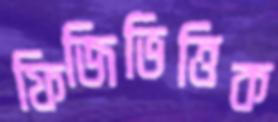
ফিজিভিত্তিক